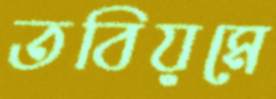
তবিয়মে